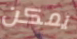
يمكن